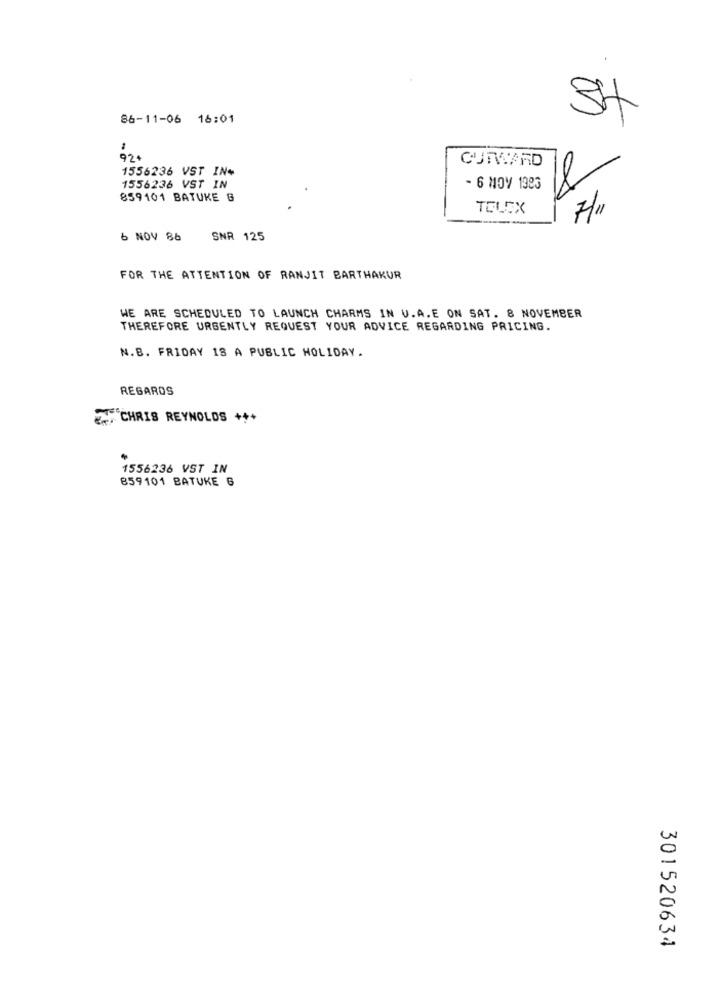
86-11-06 16:01
CURSARD
1556236 VST IN+
1556236 VST IN
- 6 MOV 1983
859101 BATUKE G
TELCX
6 NOV 86
SNR 125
FOR THE ATTENTION OF RANJIT BARTHAKUR
WE ARE SCHEDULED TO LAUNCH CHARMS IN U.A.E ON SAT. 8 NOVEMBER
THEREFORE URGENTLY REQUEST YOUR ADVICE REGARDING PRICING.
N.B. FRIDAY 18 A PUBLIC HOLIDAY.
REGARDS
CHRIS REYNOLDS +++
1556236 VST IN
859101 BATUKE 6
301520634